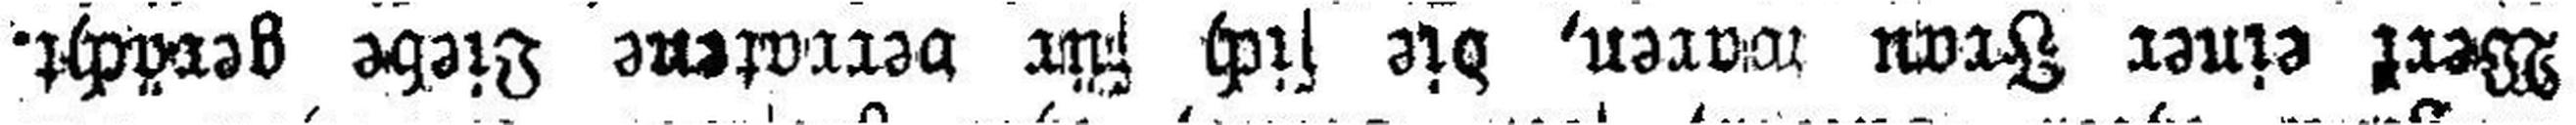
Werk einer Frau waren, die sich für verratene Liebe gerächt.